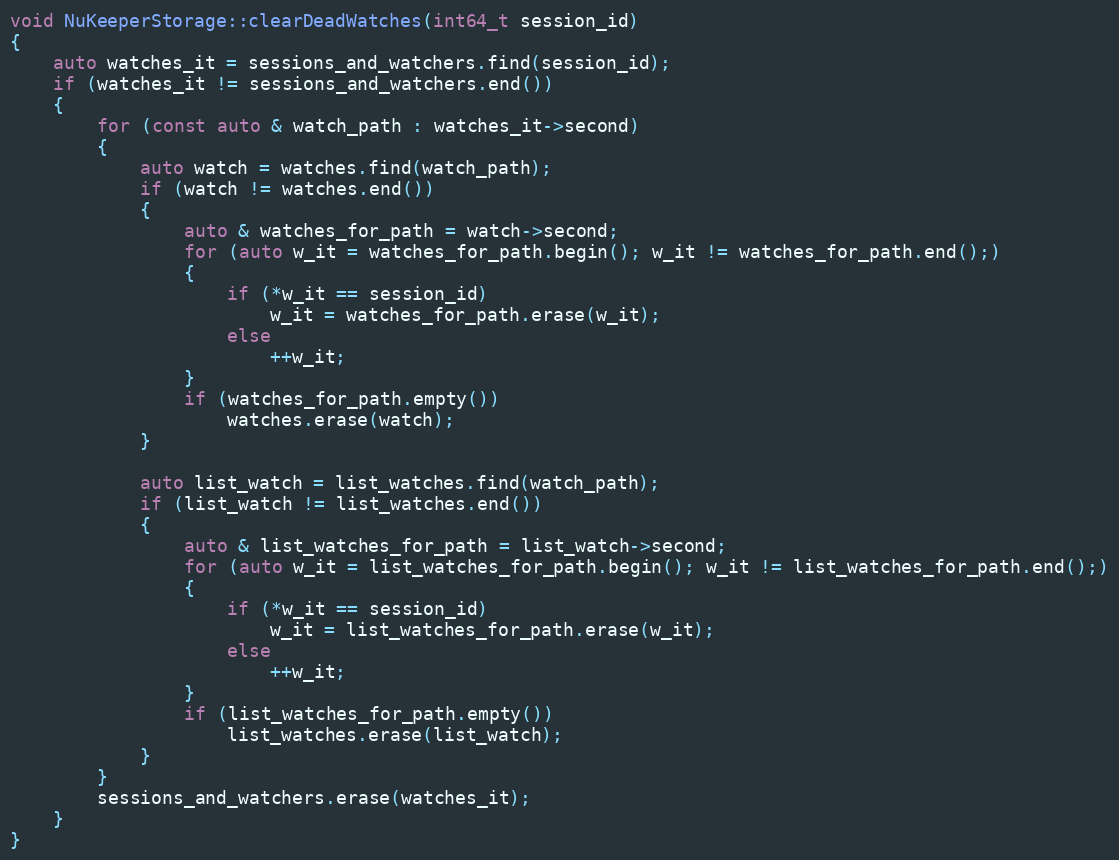
Language: C++
void NuKeeperStorage::clearDeadWatches(int64_t session_id)
{
    auto watches_it = sessions_and_watchers.find(session_id);
    if (watches_it != sessions_and_watchers.end())
    {
        for (const auto & watch_path : watches_it->second)
        {
            auto watch = watches.find(watch_path);
            if (watch != watches.end())
            {
                auto & watches_for_path = watch->second;
                for (auto w_it = watches_for_path.begin(); w_it != watches_for_path.end();)
                {
                    if (*w_it == session_id)
                        w_it = watches_for_path.erase(w_it);
                    else
                        ++w_it;
                }
                if (watches_for_path.empty())
                    watches.erase(watch);
            }

            auto list_watch = list_watches.find(watch_path);
            if (list_watch != list_watches.end())
            {
                auto & list_watches_for_path = list_watch->second;
                for (auto w_it = list_watches_for_path.begin(); w_it != list_watches_for_path.end();)
                {
                    if (*w_it == session_id)
                        w_it = list_watches_for_path.erase(w_it);
                    else
                        ++w_it;
                }
                if (list_watches_for_path.empty())
                    list_watches.erase(list_watch);
            }
        }
        sessions_and_watchers.erase(watches_it);
    }
}